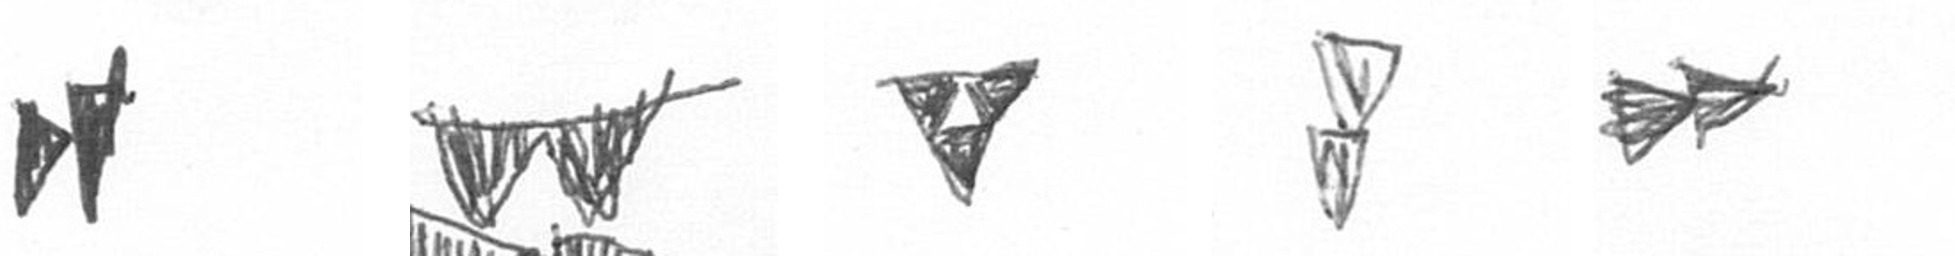
M B S Z A